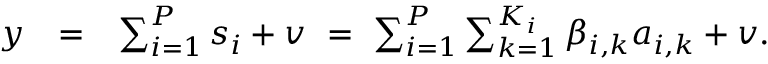
\begin{array} { r l r } { \ensuremath { \boldsymbol { y } } } & { = } & { \sum _ { i = 1 } ^ { P } \ensuremath { \boldsymbol { s } } _ { i } + \ensuremath { \boldsymbol { v } } ~ = ~ \sum _ { i = 1 } ^ { P } \sum _ { k = 1 } ^ { K _ { i } } \beta _ { i , k } \ensuremath { \boldsymbol { a } } _ { i , k } + \ensuremath { \boldsymbol { v } } . } \end{array}